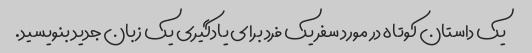
یک داستان کوتاه در مورد سفر یک فرد برای یادگیری یک زبان جدید بنویسید.